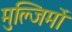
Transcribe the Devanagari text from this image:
मुल्जिमों